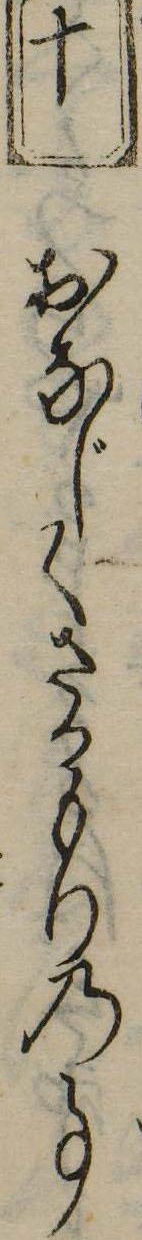
十おなじくさかもりの事